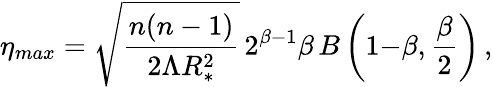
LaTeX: \eta_{max}=\sqrt{\frac{n(n-1)}{2\Lambda R_{*}^{2}}}\, 2^{\beta{-}1}\beta\, B\left(1{-}\beta,{\frac{\beta}{2}}\right)\, ,